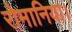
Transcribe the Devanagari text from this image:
रोमानिया।